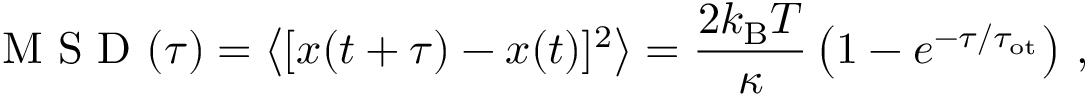
\mathrm { ~ M ~ S ~ D ~ } ( \tau ) = \left\langle [ x ( t + \tau ) - x ( t ) ] ^ { 2 } \right\rangle = \frac { 2 k _ { \mathrm { B } } T } { \kappa } \left( 1 - e ^ { - \tau / \tau _ { \mathrm { o t } } } \right) \, ,